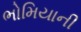
ભોમિયાની